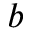
^ { b }